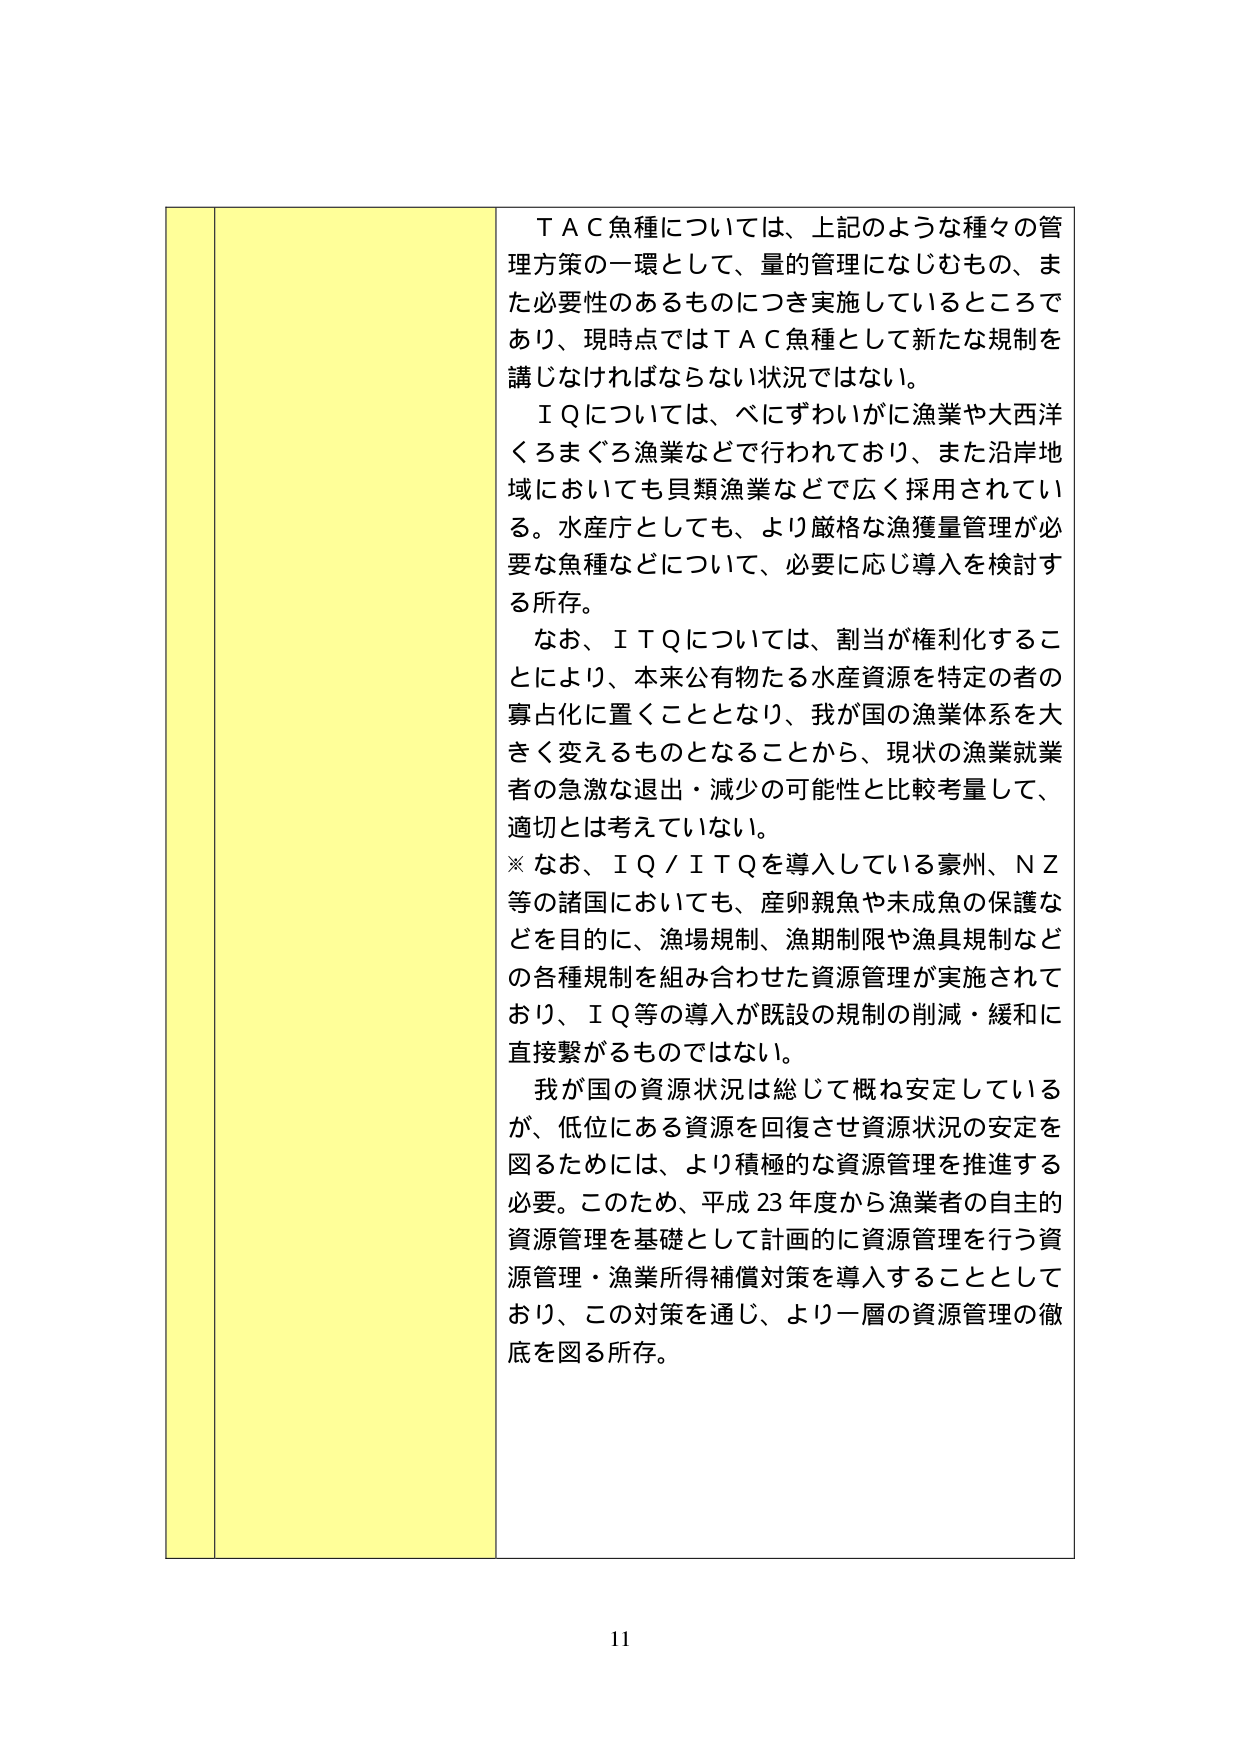
ＴＡＣ魚種については、上記のような種々の管理方策の一環として、量的管理になじむもの、また必要性のあるものにつき実施しているところであり、現時点ではＴＡＣ魚種として新たな規制を講じなければならない状況ではない。

ＩＱについては、べにずわいがに漁業や大西洋くろまぐろ漁業などで行われており、また沿岸地域においても貝類漁業などで広く採用されている。水産庁としても、より厳格な漁獲量管理が必要な魚種などについて、必要に応じ導入を検討する所存。

なお、ＩＴＱについては、割当が権利化することにより、本来公有物たる水産資源を特定の者の寡占化に置くこととなり、我が国の漁業体系を大きく変えるものとなることから、現状の漁業就業者の急激な退出・減少の可能性と比較考量して、適切とは考えていない。

※ なお、ＩＱ／ＩＴＱを導入している豪州、ＮＺ等の諸国においても、産卵親魚や未成魚の保護などを目的に、漁場規制、漁期制限や漁具規制などの各種規制を組み合わせた資源管理が実施されており、ＩＱ等の導入が既設の規制の削減・緩和に直接繋がるものではない。

我が国の資源状況は総じて概ね安定しているが、低位にある資源を回復させ資源状況の安定を図るためには、より積極的な資源管理を推進する必要。このため、平成23年度から漁業者の自主的資源管理を基礎として計画的に資源管理を行う資源管理・漁業所得補償対策を導入することとしており、この対策を通じ、より一層の資源管理の徹底を図る所存。

11